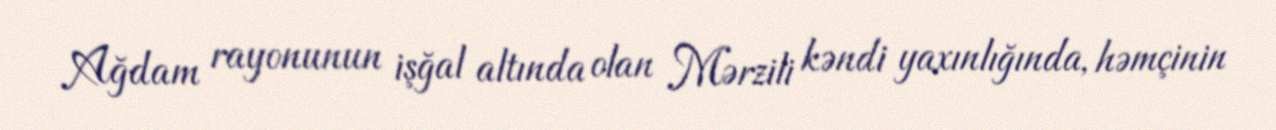
Ağdam rayonunun işğal altında olan Mərzili kəndi yaxınlığında, həmçinin